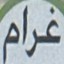
غرام‌